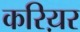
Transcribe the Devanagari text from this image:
करिय़र